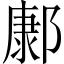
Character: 𨝎